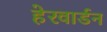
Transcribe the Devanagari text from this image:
हेरवार्डन